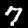
Digit: 7